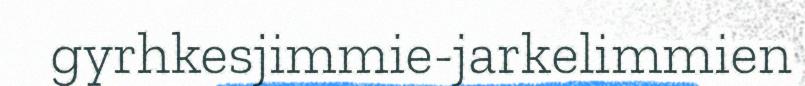
gyrhkesjimmie-jarkelimmien